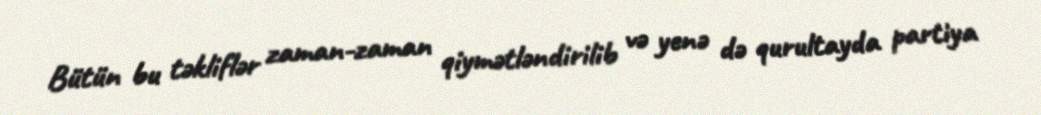
Bütün bu təkliflər zaman-zaman qiymətləndirilib və yenə də qurultayda partiya